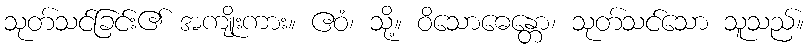
သုတ်သင်ခြင်း၏ အကျိုးကား။ ဧဝံ၊ သို့။ ဝိသောဓေန္တော၊ သုတ်သင်သော သူသည်။